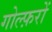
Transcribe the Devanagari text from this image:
गोल्फ़रों